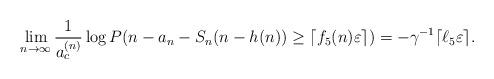
LaTeX: \begin{align*}\lim_{n\to\infty}\frac{1}{a_c^{(n)}}\log P(n-a_n-S_n(n-h(n))\geq\lceil f_5(n)\varepsilon\rceil)=-\gamma^{-1}\lceil\ell_5\varepsilon\rceil.\end{align*}